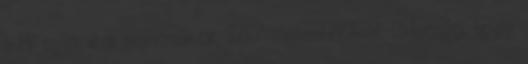
a PP nyerné a szavazatok 26,7 százalékával. Újdonság, hogy